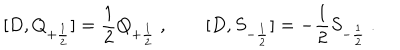
[ D , Q _ { + { \frac { 1 } { 2 } } } ] = { \frac { 1 } { 2 } } Q _ { + { \frac { 1 } { 2 } } } \ , \qquad [ D , S _ { - { \frac { 1 } { 2 } } } ] = - { \frac { 1 } { 2 } } S _ { - { \frac { 1 } { 2 } } } \ .